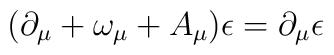
(\partial_\mu +\omega_\mu + A_\mu)\epsilon=\partial_\mu\epsilon